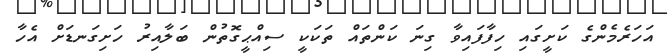
އަހަރެމެންގެ ކަށީގައި ހިފާފައިވާ ގިނަ ކަންތައް ތަކަކީ ސިއްޙީގޮތުން ބަލާއިރު ހަށިގަނޑަށް އެހާ